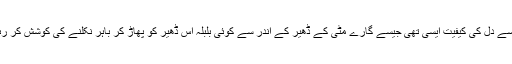
دعا سے دل کی کیفیت ایسی تھی جیسے گارے مٹی کے ڈھیر کے اندر سے کوئی بلبلہ اس ڈھیر کو پھاڑ کر باہر نکلنے کی کوشش کر رہا ہو۔